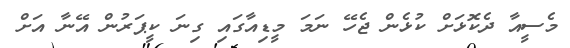
މެސީއާ ދެކޮޅަށް ކުޅެން ޖެހޭ ނަމަ މީޑިއާގައި ގިނަ ކީޕަރުން އޭނާ އަށް